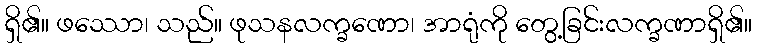
ရှိ၏။ ဖဿော၊ သည်။ ဖုသနလက္ခဏော၊ အာရုံကို တွေ့ခြင်းလက္ခဏာရှိ၏။